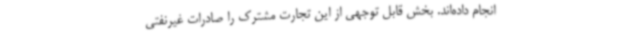
انجام داده‌اند. بخش قابل توجهی از این تجارت مشترک را صادرات غیرنفتی